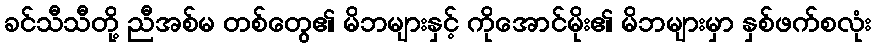
ခင်သီသီတို့ ညီအစ်မ တစ်တွေ၏ မိဘများနှင့် ကိုအောင်မိုး၏ မိဘများမှာ နှစ်ဖက်စလုံး